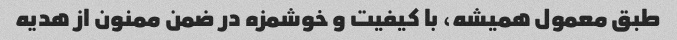
طبق معمول همیشه، با کیفیت و خوشمزه در ضمن ممنون از هدیه